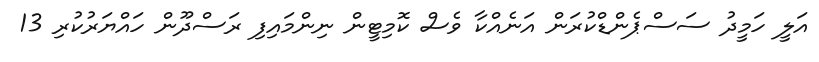
އަލީ ހަމީދު ސަސްޕެންޑްކުރަން އަނެއްކާ ވެސް ކޮމިޓީން ނިންމައިފި ރަސްދޫން ހައްޔަރުކުރި 13